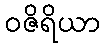
ဝဇိရိယာ